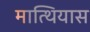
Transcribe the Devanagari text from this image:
मात्थियास